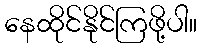
နေထိုင်နိုင်ကြဖို့ပါ။